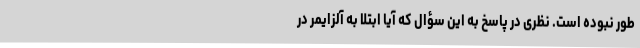
طور نبوده است. نظری در پاسخ به این سؤال که آیا ابتلا به آلزایمر در